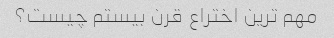
مهم ترین اختراع قرن بیستم چیست؟